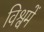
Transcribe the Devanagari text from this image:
विश्वमें